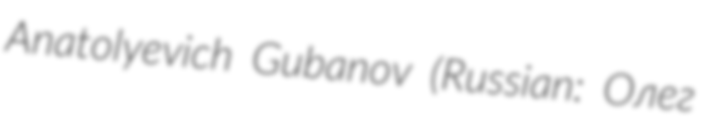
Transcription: Anatolyevich Gubanov (Russian: Олег